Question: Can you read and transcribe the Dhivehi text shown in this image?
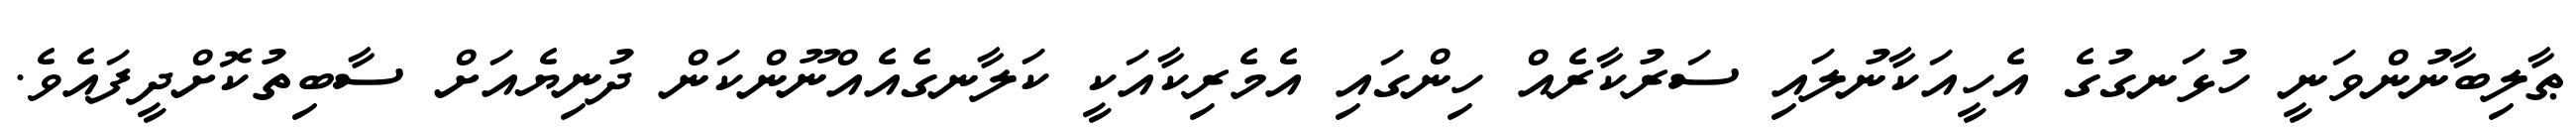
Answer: ޠާލިބާނުންވަނީ ހުޅަނގުގެ އެހީއަކާނުލައި ސަރުކާރެއް ހިންގައި އެމެރިކާއަކީ ކަލާނގެއެއްނޫންކަން ދުނިޔެއަށް ސާބިތުކޮށްދީފައެވެ.